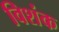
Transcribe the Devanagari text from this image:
विशंक